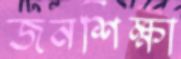
জনশিক্ষা